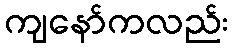
ကျနော်ကလည်း